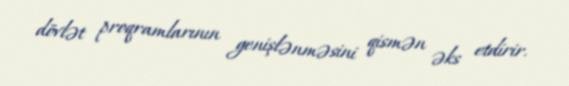
dövlət proqramlarının genişlənməsini qismən əks etdirir.